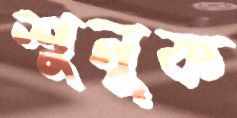
শুনুক